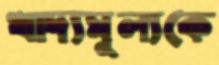
খাদ্যমূল্যকে